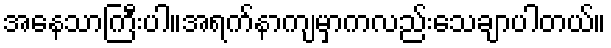
အနေသာကြီးပါ။အရက်နာကျမှာကလည်းသေချာပါတယ်။